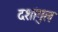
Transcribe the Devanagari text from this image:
दशांगुल